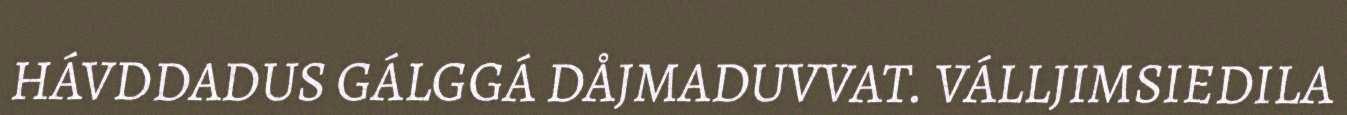
HÁVDDADUS GÁLGGÁ DÅJMADUVVAT. VÁLLJIMSIEDILA